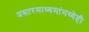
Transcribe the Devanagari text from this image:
प्रसारमाध्यमांमध्येही